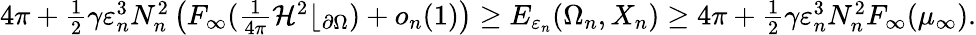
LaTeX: \begin{array}{r}{4\pi+\frac 12\gamma\varepsilon_{n}^{3}N_{n}^{2}\left(F_{\infty}(\frac{1}{4\pi}\mathcal H^{2}\lfloor_{\partial\Omega})+o_{n}(1)\right)\geq E_{\varepsilon_{n}}(\Omega_{n},X_{n})\geq 4\pi+\frac 12\gamma\varepsilon_{n}^{3}N_{n}^{2}F_{\infty}(\mu_{\infty}).}\end{array}